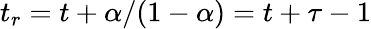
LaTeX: t_{r}=t+\alpha/(1-\alpha)=t+\tau-1